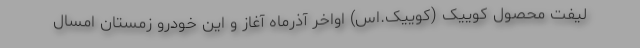
لیفت محصول کوییک (کوییک.اس) اواخر آذرماه آغاز و این خودرو زمستان امسال